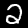
Label: 2